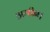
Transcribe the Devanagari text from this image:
अमीन।